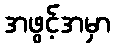
အဖွင့်အမှာ